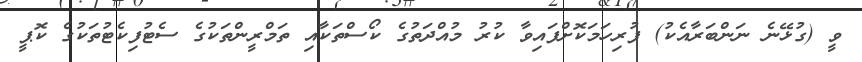
ވީ (ގުޅޭނެ ނަންބަރާއެކު) ފުރިހަމަކޮށްފައިވާ ކުރު މުއްދަތުގެ ކޯސްތަކާއި ތަމްރީންތަކުގެ ސެޓުފިކެޓުތަކުގެ ކޮޕީ